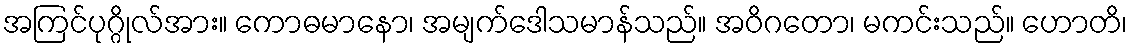
အကြင်ပုဂ္ဂိုလ်အား။ ကောဓမာနော၊ အမျက်ဒေါသမာန်သည်။ အဝိဂတော၊ မကင်းသည်။ ဟောတိ၊